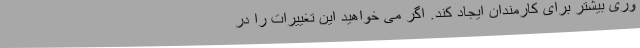
وری بیشتر برای کارمندان ایجاد کند. اگر می خواهید این تغییرات را در